Vaccination in the Punjab 1883-1896 - 1883-1896
Year: 1883
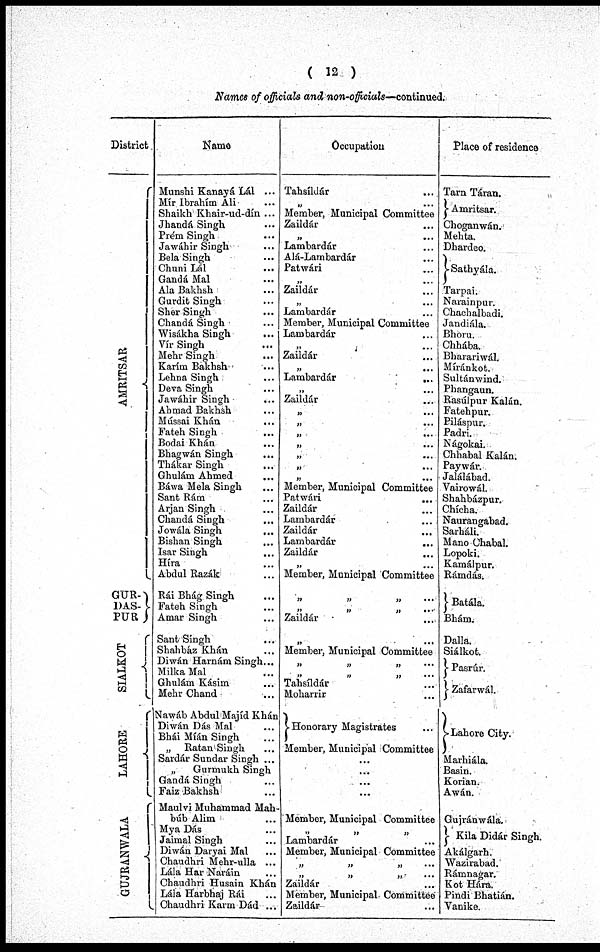
( 12 )
Names of officials and non-officials—continued.
District
AMRITSAR
GUR-
DAS-
PUR
SIALKOT
LAHORE
GUJRANWALA
Name
Munshi Kanayá Lál ...
Mír Ibrahím Ali ...
Shaikh Khair-ud-dín ...
Jhandá Singh ...
Préni Singh ...
Jawáhir Singh ...
Bela Singh ...
Chuni Lál
...
Gandá Mal ...
Ala Bakhsh ...
Gurdit Singh ...
Sher Singh ...
Chandá Singh ...
Wisákha Singh ...
Vír Singh ...
Mehr Singh ...
Karím Bakhsh ...
Lehna Singh ...
Deva Singh ...
Jawáhir Singh ...
Ahmad Bakhsh ...
Mússai Khán
...
Fateh Singh ...
Bodai Khán ...
Bhagwán Singh ...
Thákar Singh ...
Ghulám Ahmed ...
Báwa Mela Singh ...
Sant Rám ...
Arjan Singh ...
Chandá Singh ...
Jowála Singh ...
Bishan Singh ...
Isar Singh ...
Híra ...
Abdul Razák ...
Rái Bhág Singh ...
Fateh Singh ...
Amar Singh ...
Sant Singh ...
Shahbáz Khán ...
Diwán Harnám Singh...
Milka Mal ...
Ghulám Kásim ...
Mehr Chand ...
Nawáb Abdul Majíd Khán
Diwán Dás Mal ...
Bhái Míán Singh ...
„ Ratan Singh ...
Sardár Sundar Singh ...
„
Gurmukh Singh
Gandá Singh ...
Faiz Bakhsh ...
Maulvi Muhammad Mah-
búb Alim ...
Mya Dás ...
Jaimal Singh ...
Diwán Daryai Mal ...
Chaudhri Mehr-ulla ...
Lála Har Naráin ...
Chaudhri Husain Khán
Lála Harbhaj Rái ...
Chaudhri Karm Dád ...
Occupation
Tahsíldár ...
„
...
Member, Municipal Committee
Zaildár ...
„ ...
Lambardár ...
Alá-Lambardár ...
Patwári ...
„ ...
Zaildár ...
„ ...
Lambardár ...
Member, Municipal Committee
Lambardár ...
„ ...
Zaildár ...
„ ...
Lambardár
...
„ ...
Zaildár ...
„ ...
„ ...
„ ...
„ ...
„ ...
„ ...
„ ...
Member, Municipal Committee
Patwári ...
Zaildár ...
Lambardár
...
Zaildár ...
Lambardár ...
Zaildár ...
„ ...
Member, Municipal Committee
„
„
„
...
„ „ „ ...
Zaildár ...
„ ...
Member, Municipal Committee
„ „ „ ...
„ „ „ ...
Tahsildár ...
Moharrir ...
Honorary Magistrates ...
Member, Municipal Committee
...
...
...
...
...
Member, Municipal Committee
„ „ „
Lambardár ...
Member, Municipal Committee
„ „ „ ...
„ „ „ ...
Zaildár ...
Member, Municipal Committee
Zaildár ...
Place of residence
Tarn Táran.
Amritsar.
Choganwán.
Mehta.
Dhardeo.
Sathyála.
Tarpai.
Narainpur.
Chachalbadi.
Jandiála.
Bhoru.
Chhába.
Bharariwál.
Míránkot.
Sultánwind.
Phangaun.
Rasúlpur Kalán.
Fatehpur.
Piláspur.
Padri.
Nágokai.
Chhabal Kalán.
Paywár.
Jalálábad.
Vairowál.
Shahbázpur.
Chícha.
Naurangabad.
Sarháli.
Mano Chabal.
Lopoki.
Kamálpur.
Rámdás.
Batála
Bhám.
Dalla.
Siálkot.
Pasrúr.
Zafarwál.
Lahore City.
Marhiála.
Basin.
Korian.
Awán.
Gujránwála.
Kila Didár Singh.
Akálgarh.
Wazirabad.
Rámnagar.
Kot Hára.
Pindi Bhatián.
Vanike.